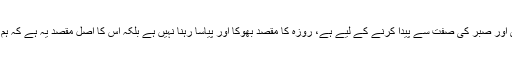
لیاقت بلوچ نے کہاکہ روزے کی عبادت تقویٰ اور صبر کی صفت سے پیدا کرنے کے لیے ہے، روزہ کا مقصد بھوکا اور پیاسا رہنا نہیں ہے بلکہ اس کا اصل مقصد یہ ہے کہ ہم حقیقی معنوں میں اللہ کی بندگی اختیار کریں ۔